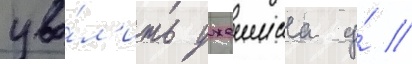
уво́л'ить джеимса у́ //